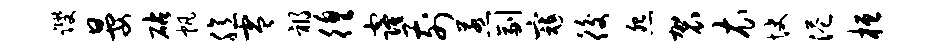
躞晏砧帆臆零祸徨窿前惹副寇後怨袈衣快港桓